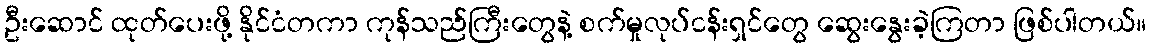
ဦးဆောင် ထုတ်ပေးဖို့ နိုင်ငံတကာ ကုန်သည်ကြီးတွေနဲ့ စက်မှုလုပ်ငန်းရှင်တွေ ဆွေးနွေးခဲ့ကြတာ ဖြစ်ပါတယ်။